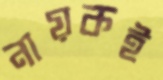
নায়কই